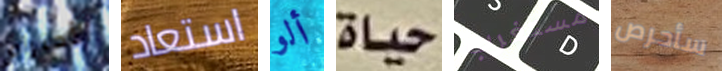
الأحترام استعاد ألو حياة مستغرب سأحرص